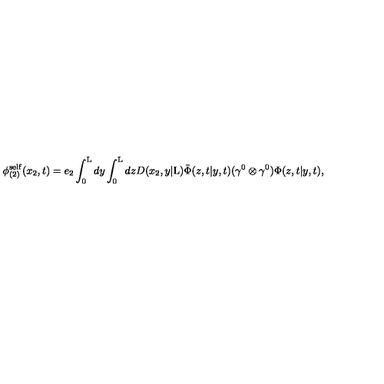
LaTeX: { \phi } _ { ( 2 ) } ^ { \mathrm { s e l f } } ( x _ { 2 } , t ) = e _ { 2 } \int _ { 0 } ^ { \mathrm { L } } d y \int _ { 0 } ^ { \mathrm { L } } d z D ( x _ { 2 } , y | \mathrm { L } ) \bar { \Phi } ( z , t | y , t ) ( { \gamma } ^ { 0 } \otimes { \gamma } ^ { 0 } ) { \Phi } ( z , t | y , t ) ,